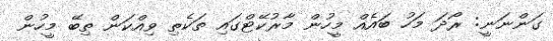
ގަންނަނީ: ރޯދަ މަހު ބައެއް މީހުން މާރުކޭޓްގައި ތަކެތި ވިއްކަން ތިބޭ މީހުން